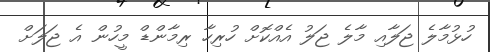
ހުޅުމާލެ ޖަލާއި މާލެ ޖަލު އެއްކޮށް ހުރިހާ ރިމާންޑް މީހުން އެ ޖަލަށް